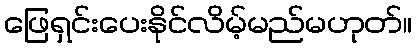
ဖြေရှင်းပေးနိုင်လိမ့်မည်မဟုတ်။